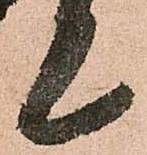
亦